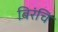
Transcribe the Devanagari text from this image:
बिरंचि